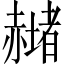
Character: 𧹻